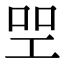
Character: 𠱯